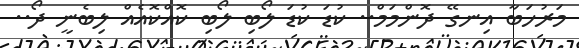
މަރުހަބާ އިނގޭ ދޮންމަމް.. ކުޑަ ކުޑަ ލޯބި ލޯބި ކޮއްކޮއެއް ލިބެނީ ދޯ..